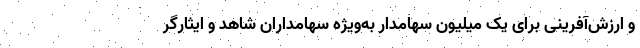
و ارزش‌آفرینی برای یک میلیون سهامدار به‌ویژه سهامداران شاهد و ایثارگر